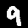
Digit: 9